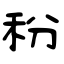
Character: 秎